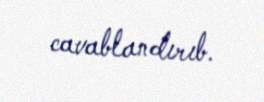
cavablandırıb.